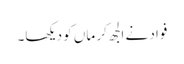
فواد نے الجھ کر ماں کو دیکھا۔